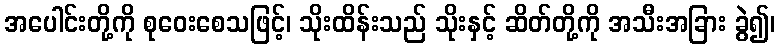
အပေါင်းတို့ကို စုဝေးစေသဖြင့်၊ သိုးထိန်းသည် သိုးနှင့် ဆိတ်တို့ကို အသီးအခြား ခွဲ၍၊